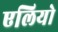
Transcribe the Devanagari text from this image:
एलियो